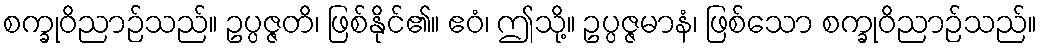
စက္ခုဝိညာဉ်သည်။ ဥပ္ပဇ္ဇတိ၊ ဖြစ်နိုင်၏။ ဧဝံ၊ ဤသို့။ ဥပ္ပဇ္ဇမာနံ၊ ဖြစ်သော စက္ခုဝိညာဉ်သည်။